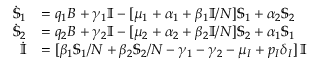
\begin{array} { r l } { \dot { \mathbb { S } } _ { 1 } } & { = q _ { 1 } B + \gamma _ { 1 } { \mathbb { I } } - [ \mu _ { 1 } + \alpha _ { 1 } + \beta _ { 1 } { \mathbb { I } } / N ] \mathbb { S } _ { 1 } + \alpha _ { 2 } \mathbb { S } _ { 2 } } \\ { \dot { \mathbb { S } } _ { 2 } } & { = q _ { 2 } B + \gamma _ { 2 } { \mathbb { I } } - [ \mu _ { 2 } + \alpha _ { 2 } + \beta _ { 2 } { \mathbb { I } } / N ] \mathbb { S } _ { 2 } + \alpha _ { 1 } \mathbb { S } _ { 1 } } \\ { \dot { { \mathbb { I } } } } & { = [ \beta _ { 1 } \mathbb { S } _ { 1 } / N + \beta _ { 2 } \mathbb { S } _ { 2 } / N - \gamma _ { 1 } - \gamma _ { 2 } - \mu _ { I } + p _ { I } \delta _ { I } ] \, { \mathbb { I } } } \end{array}